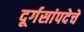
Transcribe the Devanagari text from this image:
दूर्गसांपदेचे